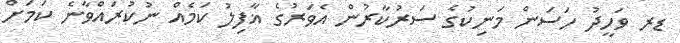
ޑރ ވަހީދު ހަސަން މަނިކުގެ ސަރުކާރުން އެވަރުގެ ޣާފިލު ކަމެއް ނުކުރައްވާނެ ކަމަށް